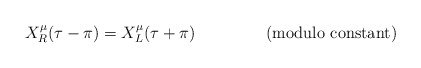
\begin{align*}X^\mu_R(\tau-\pi)=X^\mu_L(\tau+\pi) \mathrm{~~~~~~~~~~~~~ (modulo ~ constant)}\end{align*}